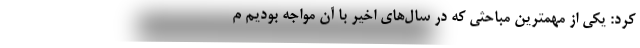
کرد: یکی از مهمترین مباحثی که در سال‌های اخیر با آن مواجه بودیم م